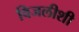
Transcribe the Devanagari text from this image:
विजलीशी